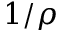
1 / \rho